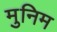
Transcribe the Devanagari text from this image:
मुनिम